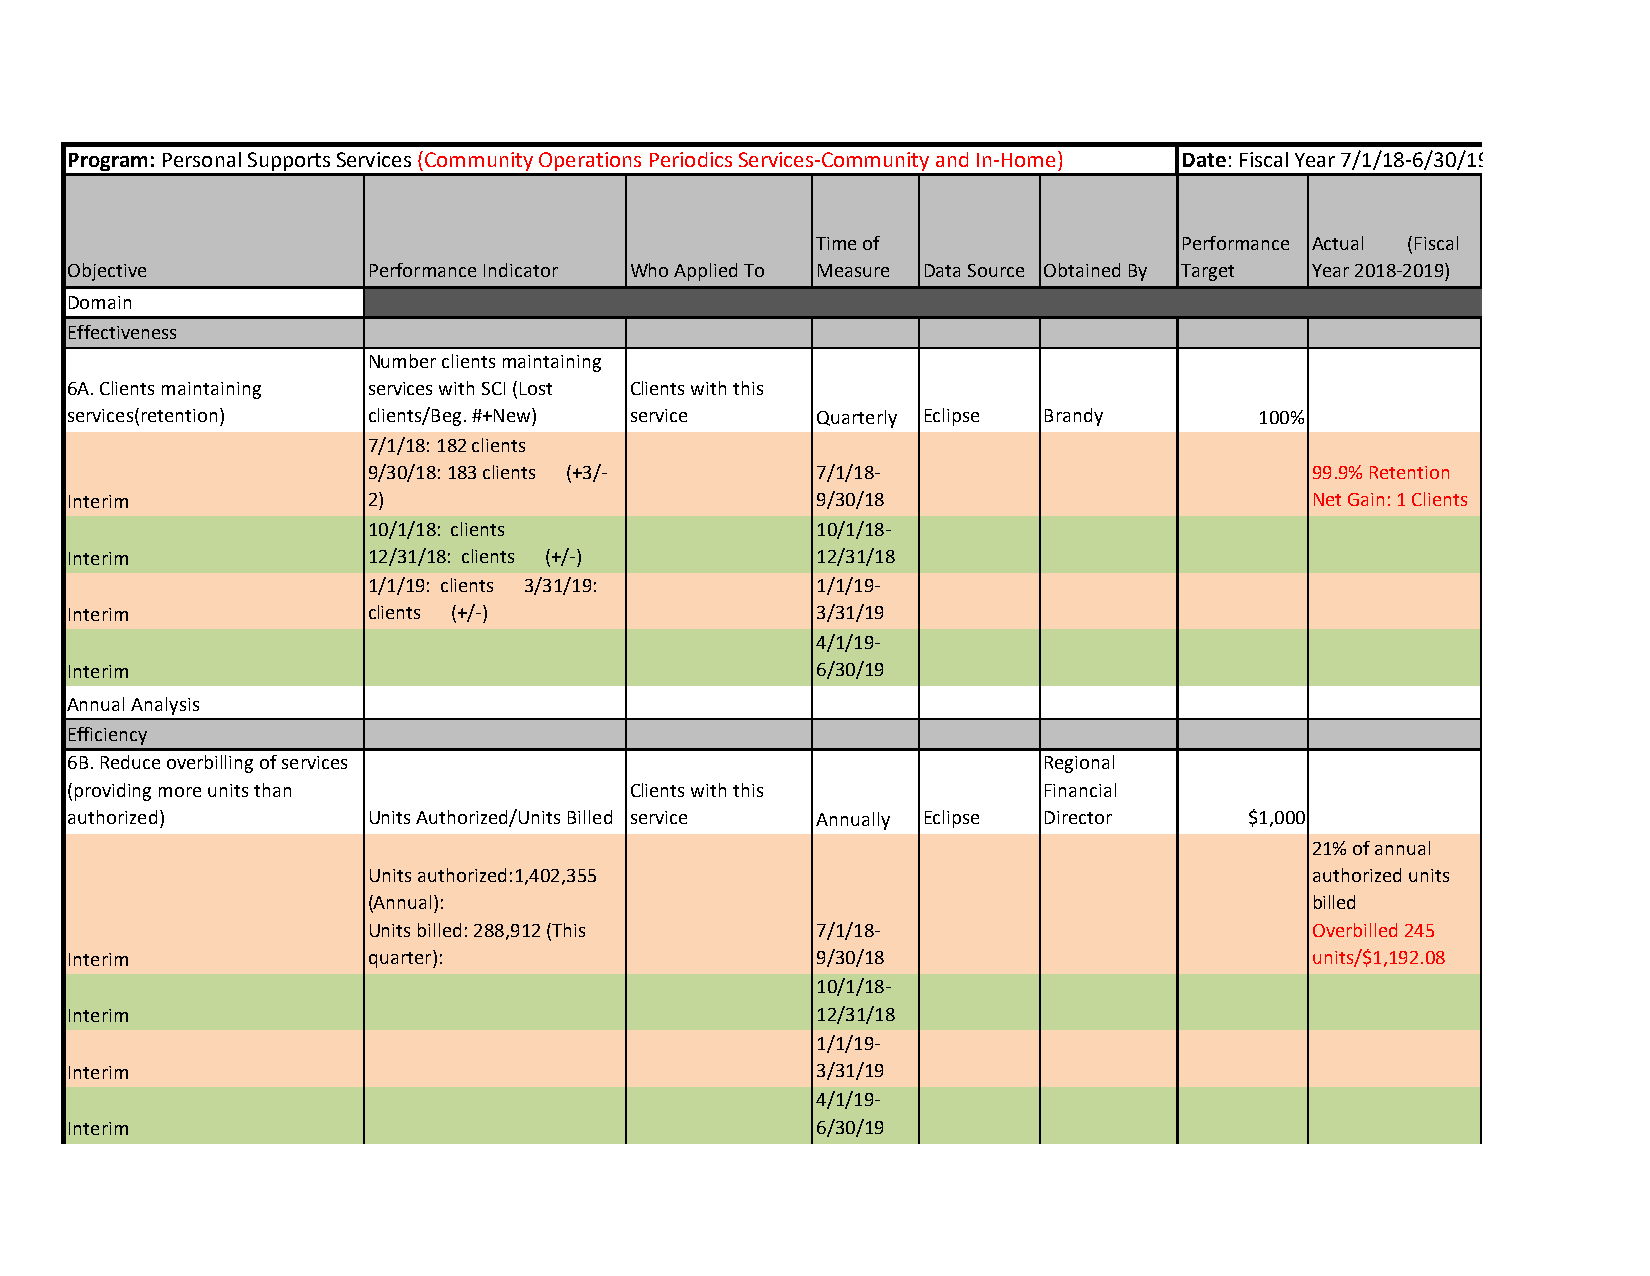
Program: Personal Supports Services (Community Operations Periodics Services-Community and In-Home) Date: Fiscal Year 7/1/18-6/30/19
 Time of                 Performance Actual (Fiscal
 Objective           Performance Indicator Who Applied To Measure Data Source Obtained By Target Year 2018-2019)
 Domain
 Effectiveness
 Number clients maintaining
 6A. Clients maintaining services with SCI (Lost Clients with this
 services(retention) clients/Beg. #+New) service  Quarterly Eclipse Brandy     100%
 7/1/18: 182 clients
 9/30/18: 183 clients (+3/-   7/1/18-                          99.9% Retention
 Interim             2)                           9/30/18                          Net Gain: 1 Clients
 10/1/18: clients             10/1/18-
 Interim             12/31/18: clients (+/-)      12/31/18
 1/1/19: clients 3/31/19:     1/1/19-
 Interim             clients (+/-)                3/31/19
 4/1/19-
 Interim                                          6/30/19
 Annual Analysis
 Efficiency
 6B. Reduce overbilling of services                              Regional
 (providing more units than           Clients with this          Financial
 authorized)         Units Authorized/Units Billed service Annually Eclipse Director $1,000
 21% of annual
 Units authorized:1,402,355                                    authorized units
 (Annual):                                                     billed
 Units billed: 288,912 (This  7/1/18-                          Overbilled 245
 Interim             quarter):                    9/30/18                          units/$1,192.08
 10/1/18-
 Interim                                          12/31/18
 1/1/19-
 Interim                                          3/31/19
 4/1/19-
 Interim                                          6/30/19